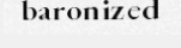
baronized